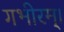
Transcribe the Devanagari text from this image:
गभीरम्।